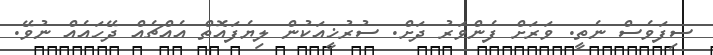
ސިފަވެސް ނެތީ. ވަރަށް ފެންވަރު ދަށް. ސުރުޚީއަކުން ލިޔެފައޮތް އެއްޗެއް ދޭހައެއް ނުވޭ.